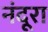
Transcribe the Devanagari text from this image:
नंदूरा